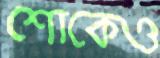
শোকেও